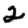
Digit: 2